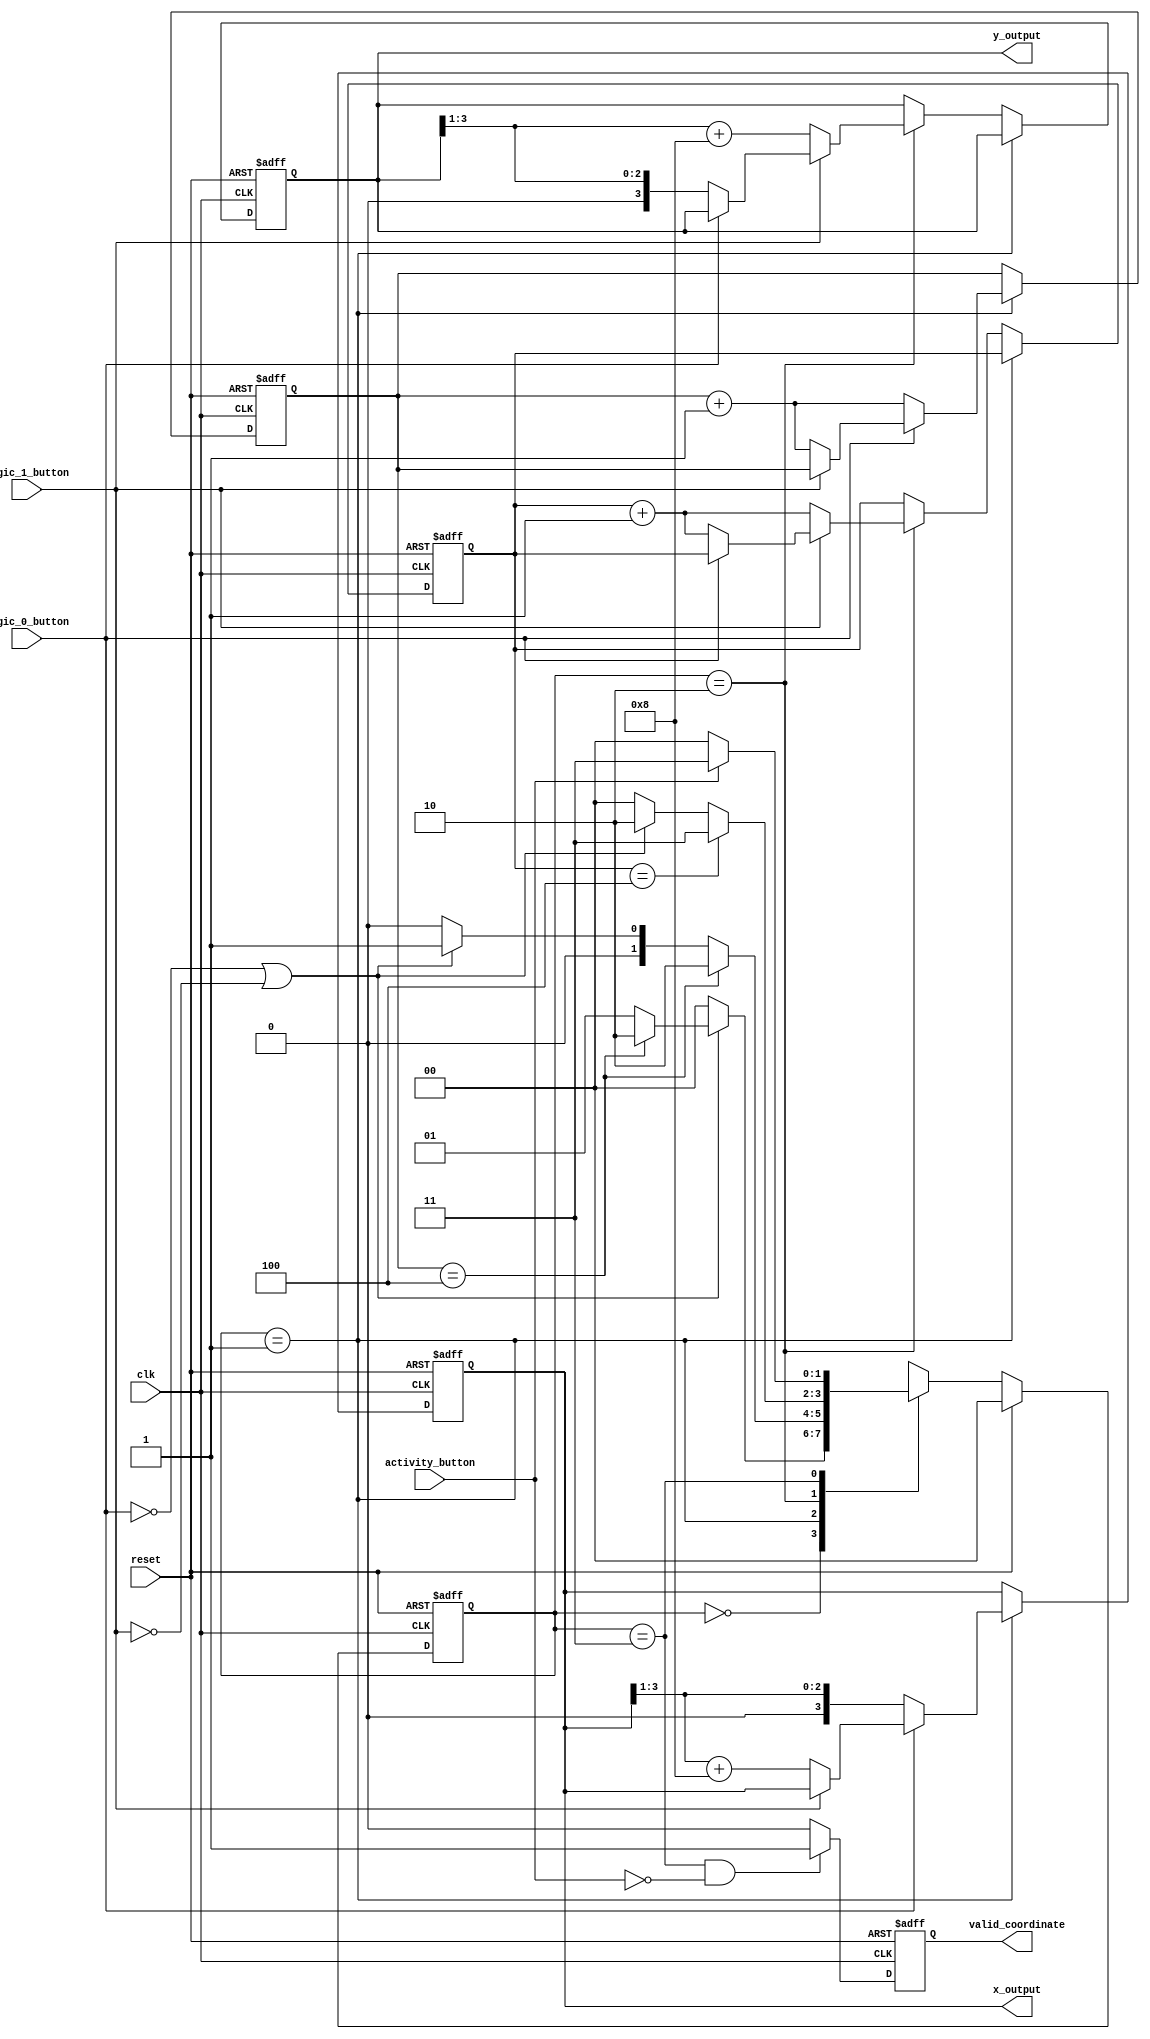
module input_handler (
    input wire clk, reset,
    input wire logic_0_button, logic_1_button, activity_button,
    output reg [3:0] x_output, y_output,
    output reg valid_coordinate
);

	 reg [3:0] x_counter, y_counter;
    reg [1:0] state, next_state;
    localparam IDLE = 2'b00, X_INPUT = 2'b01, Y_INPUT = 2'b10, VALIDATE = 2'b11;
    

    always @(posedge clk or posedge reset) begin
		if (reset) begin
			state <= IDLE;
         x_counter <= 4'b0000;
         y_counter <= 4'b0000;
         x_output <= 4'b0000;
         y_output <= 4'b0000;
         valid_coordinate <= 0;
		end else begin
         state <= next_state;
         if (state == X_INPUT) begin
				if (~logic_0_button) begin
					x_counter <= x_counter + 1'b1;
               x_output <= (x_output >> 1);
            end 
				else if (~logic_1_button) begin
               x_counter <= x_counter + 1'b1;
               x_output <= (x_output >> 1) + 4'b1000;
            end
         end 
			else if (state == Y_INPUT) begin
            if (~logic_1_button) begin
					y_output <= (y_output >> 1) + 4'b1000;
               y_counter <= y_counter + 1'b1;
            end 
				else if (~logic_0_button) begin
               y_output <= (y_output >> 1);
               y_counter <= y_counter + 1'b1;                    
            end
         end
         if (state == VALIDATE && ~activity_button)
				valid_coordinate <= 1'b1;
         else
            valid_coordinate <= 0;
         end
      end
		
		
    always @* begin
		if (reset) next_state = IDLE;
      
		else begin
			case (state)
				IDLE: begin
                  if (~logic_0_button || ~logic_1_button) begin
							if (x_counter == 4'b0100)
								next_state = Y_INPUT;
							else 
								next_state = X_INPUT;
							end
                  else
                        next_state = IDLE;
						end
            X_INPUT: begin
					if (x_counter == 4'b0100)
						next_state = Y_INPUT;
               else if (~logic_0_button || ~logic_1_button)
                  next_state = X_INPUT;
               else
                  next_state = IDLE;
               end
            Y_INPUT: begin
               if (y_counter == 4'b0100)
						next_state = VALIDATE;
					else if (~logic_0_button || ~logic_1_button)
                  next_state = Y_INPUT;
					else
                  next_state = IDLE;
               end
            VALIDATE: begin
               if (~activity_button)
                  next_state = IDLE;
               else
                  next_state = VALIDATE;
               end
         endcase
      end
    end
endmodule